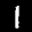
Label: 1